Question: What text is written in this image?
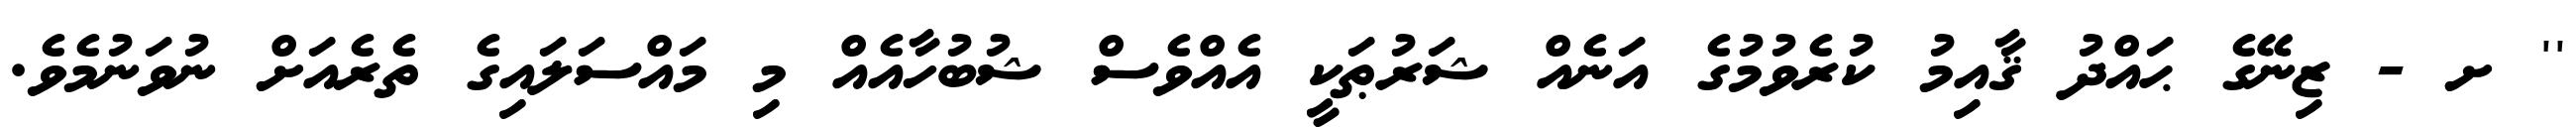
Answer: '' ށ - ޒިނޭގެ ޙައްދު ޤާއިމު ކުރެވުމުގެ އަނެއް ޝަރުޠަކީ އެއްވެސް ޝުބުހާއެއް މި މައްސަލައިގެ ތެރެއަށް ނުވަނުމެވެ.